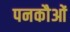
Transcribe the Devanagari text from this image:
पनकौओं